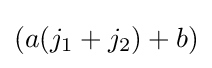
(a(j_{1}+j_{2})+b)